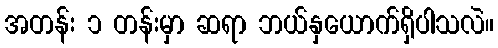
အတန်း ၁ တန်းမှာ ဆရာ ဘယ်နှယောက်ရှိပါသလဲ။